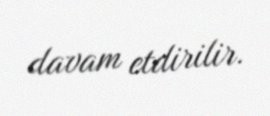
davam etdirilir.